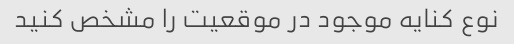
نوع کنایه موجود در موقعیت را مشخص کنید